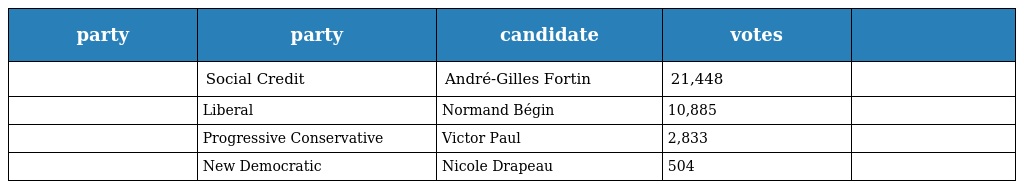
| party | party | candidate | votes |  |
 | --- | --- | --- | --- | --- |
 |  | Social Credit | André-Gilles Fortin | 21,448 |  |
 |  | Liberal | Normand Bégin | 10,885 |  |
 |  | Progressive Conservative | Victor Paul | 2,833 |  |
 |  | New Democratic | Nicole Drapeau | 504 |  |